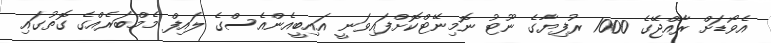
އެވޯޑަށް ރާއްޖޭގެ 1000 ރުފިޔާގެ ނޫޓު ނޮމިނޭޓްކޮށްފައިވަނީ އައިބީއެންއެސްގެ ލައިފް މެމްބަރެއްގެ ގޮތުގައި